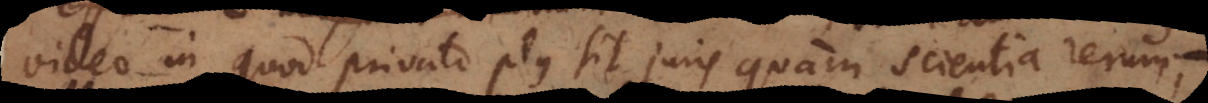
video in quod privato plus sit juris quam scientia rerum,